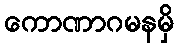
ကောဏာဂမနမှိ